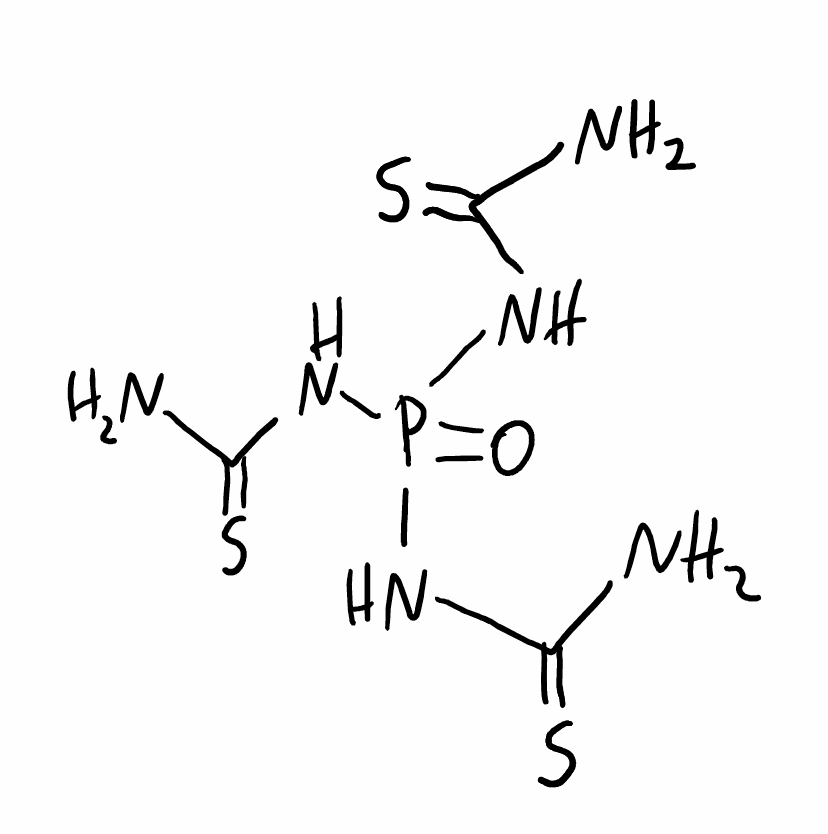
Simplified molecular-input line-entry system (SMILES) notation of the given molecule:
C(=S)(N)NP(=O)(NC(=S)N)NC(=S)N